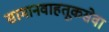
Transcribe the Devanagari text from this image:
सामानवाहतूकसेवा